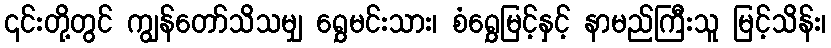
၎င်းတို့တွင် ကျွန်တော်သိသမျှ ရွှေမင်းသား၊ စံရွှေမြင့်နှင့် နာမည်ကြီးသူ မြင့်သိန်း၊